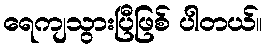
ရေကျသွားပြီဖြစ် ပါတယ်။